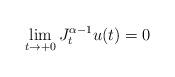
LaTeX: \begin{align*} \lim\limits_{t\rightarrow +0}J_t^{\alpha-1} u(t) =0\end{align*}